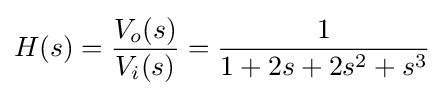
H(s)={\frac {V_{o}(s)}{V_{i}(s)}}={\frac {1}{1+2s+2s^{2}+s^{3}}}